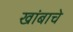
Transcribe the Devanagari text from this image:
खांबाचे